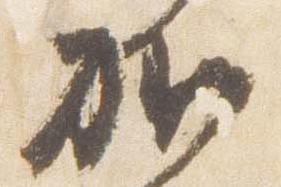
加